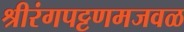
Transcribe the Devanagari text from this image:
श्रीरंगपट्टणमजवळ